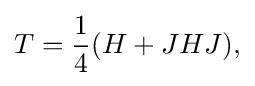
\displaystyle {T={1 \over 4}(H+JHJ),}